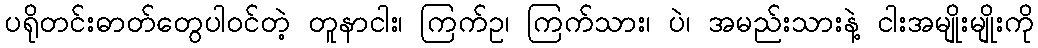
ပရိုတင်းဓာတ်တွေပါဝင်တဲ့ တူနာငါး၊ ကြက်ဥ၊ ကြက်သား၊ ပဲ၊ အမည်းသားနဲ့ ငါးအမျိုးမျိုးကို